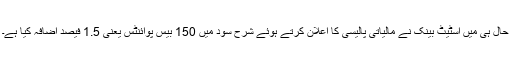
حال ہی میں اسٹیٹ بینک نے مالیاتی پالیسی کا اعلان کرتے ہوئے شرح سود میں 150 بیس پوائنٹس یعنی 1.5 فیصد اضافہ کیا ہے۔